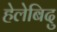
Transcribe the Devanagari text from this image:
हेलेबिदु